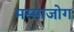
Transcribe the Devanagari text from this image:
मस्साजोग